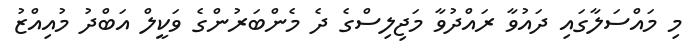
މި މައްސަލާގައި ދައުވާ ރައްދުވާ މަޖިލިސްގެ ދެ މެންބަރުންގެ ވަކީލް އަބްދު މުއިއްޒު